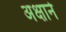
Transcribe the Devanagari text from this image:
अक्षाने